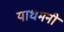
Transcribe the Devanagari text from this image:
याधमनी